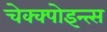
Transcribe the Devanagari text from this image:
चेक्क्पोइन्त्स